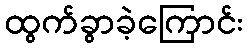
ထွက်ခွာခဲ့ကြောင်း